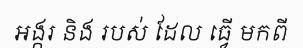
អង្ករ និង របស់ ដែល ធ្វើ មកពី